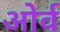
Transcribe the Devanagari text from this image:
ओर्व